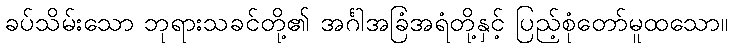
ခပ်သိမ်းသော ဘုရားသခင်တို့၏ အင်္ဂါအခြံအရံတို့နှင့် ပြည့်စုံတော်မူထသော။